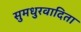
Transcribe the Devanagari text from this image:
सुमधुरवादिता